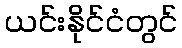
ယင်းနိုင်ငံတွင်